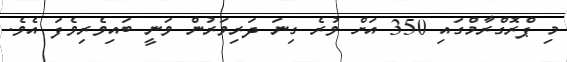
މި ޕްރޮގްރާމްގައި 350 އަށް ވުރެ ގިނަ ދަރިވަރުން ވަނީ ބައިވެރިވެފަ އެވެ.